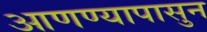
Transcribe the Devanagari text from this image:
आणण्यापासुन